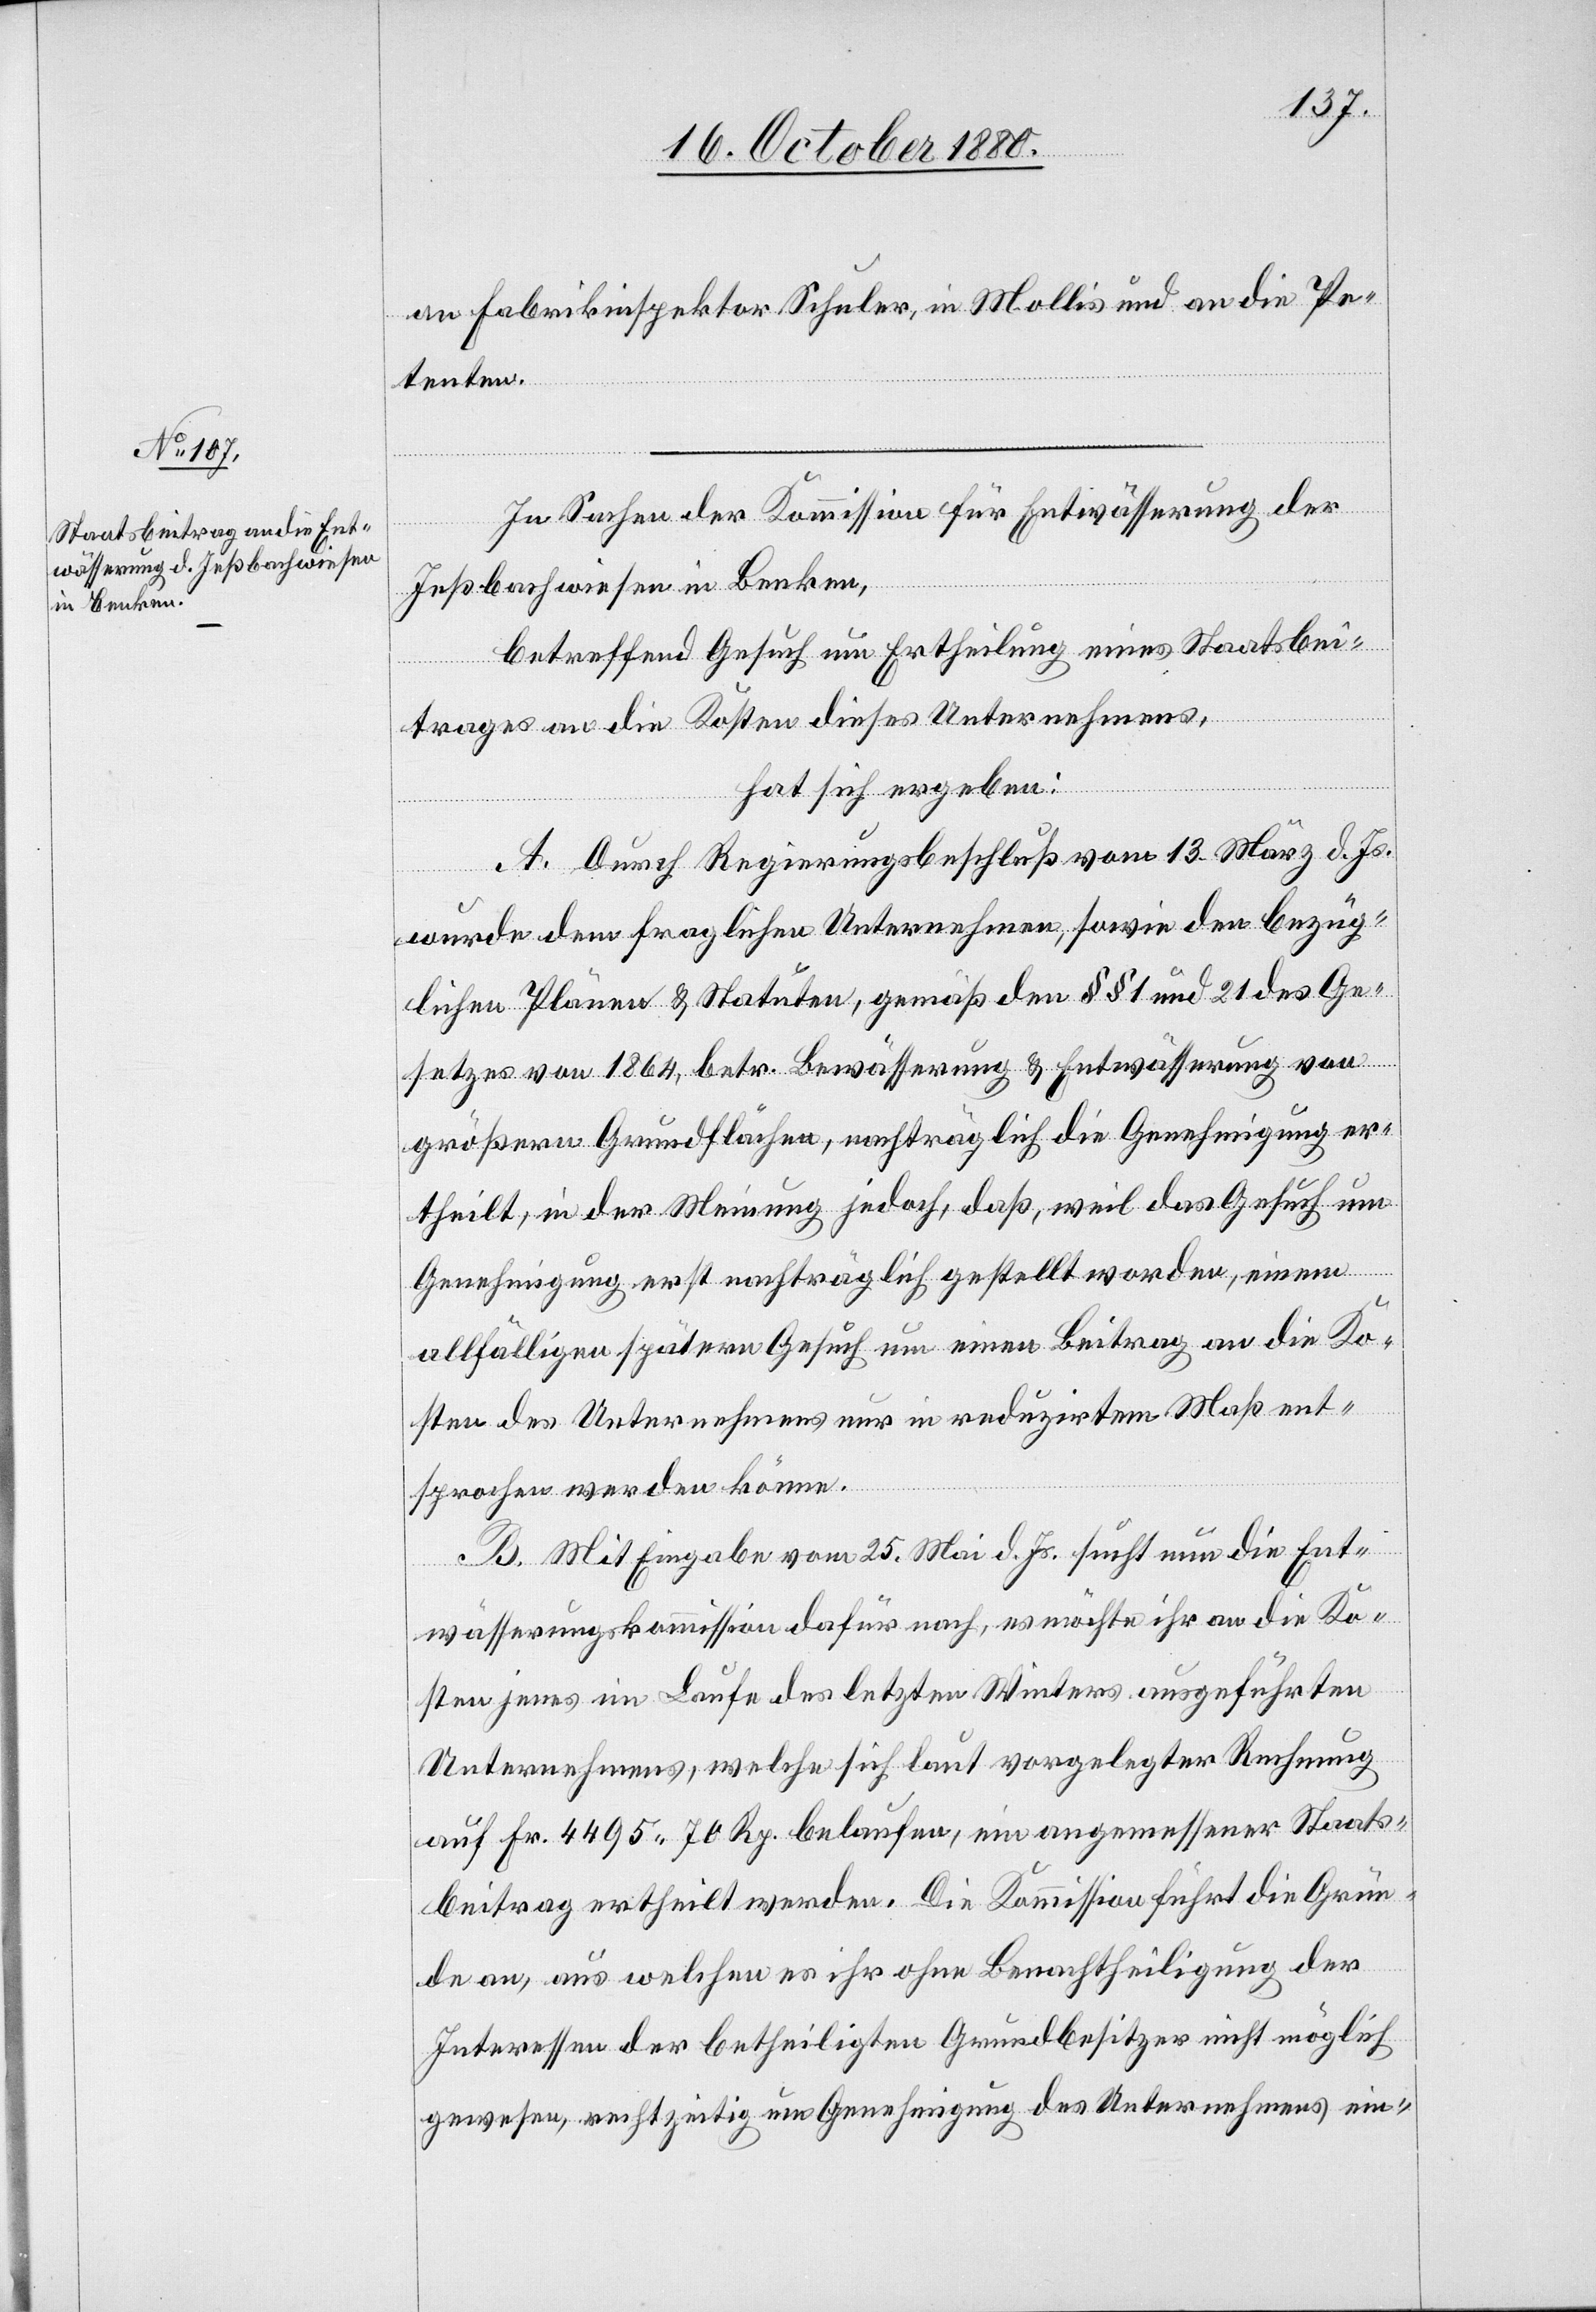
an Fabrikinspektor Schuler, in Mollis und an die Pe¬
tenten.
In Sachen der Kommission für Entwässerung der
Inßbachwiesen in Benken,
betreffend Gesuch um Ertheilung eines Staatsbei¬
trages an die Kosten dieses Unternehmens,
hat sich ergeben:
A. Durch Regierungsbeschluß vom 13. März d. Js.
wurde dem fraglichen Unternehmen sowie den bezüg¬
lichen Plänen & Statuten, gemäß den §§ 1 und 21 des Ge¬
setzes von 1864, betr. Bewässerung & Entwässerung von
größern Grundflächen, nachträglich die Genehmigung er¬
theilt, in der Meinung jedoch, daß, weil das Gesuch um
Genehmigung erst nachträglich gestellt worden, einem
allfälligen spätern Gesuch um einen Beitrag an die Ko¬
sten des Unternehmens nur in reduzirtem Maß ent¬
sprochen werden könne.
B. Mit Eingabe vom 25. Mai d. Js. sucht nun die Ent¬
wässerungskommission dafür nach, es möchte ihr an die Ko¬
sten jenes im Laufe des letzten Winters ausgeführten
Unternehmens, welches sich laut vorgelegter Rechnung
auf Fr. 4495 70 Rp. belaufen, ein angemessener Staats¬
beitrag ertheilt werden. Die Kommission führt die Grün¬
de an, aus welchen es ihr ohne Benachtheiligung der
Interessen der betheiligten Grundbesitzer nicht möglich
gewesen, rechtzeitig um Genehmigung des Unternehmens ein-